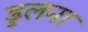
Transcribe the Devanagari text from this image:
डुलना